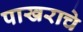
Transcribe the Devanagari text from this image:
पाखराचे